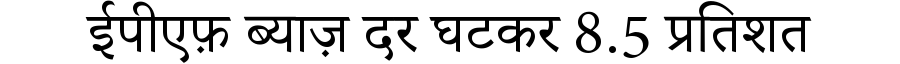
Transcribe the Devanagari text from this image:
ईपीएफ़ ब्याज़ दर घटकर 8.5 प्रतिशत